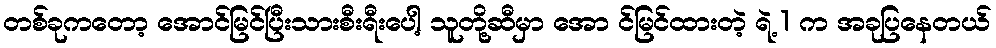
တစ်ခုကတော့ အောင်မြင်ပြီးသားစီးရီးပေါ့ သူတို့ဆီမှာ အော င်မြင်ထားတဲ့ ရဲ့ 1 က အခုပြနေတယ်